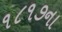
૧૮૧૭ના